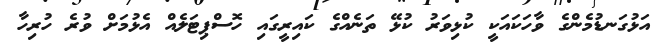
އަޅުގަނޑުމެންގެ ވާހަކައަކީ ކުޅިވަރު ކުޅޭ ތަނެއްގެ ކައިރީގައި ހޮސްޕިޓަލެއް އެޅުމަށް ވުރެ ހުރިހާ